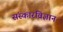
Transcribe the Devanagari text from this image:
संस्कारविज्ञान